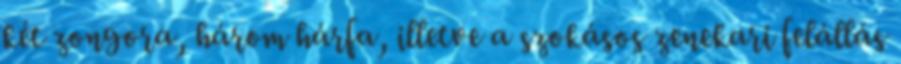
két zongora, három hárfa, illetve a szokásos zenekari felállás